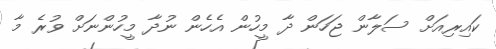
ކައިރިއަށް ސަލާން ޖަހަން ދާ މީހުން އެހެން ނުދާ މީހުންނަށް ވުރެ މާ